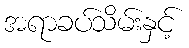
အရာခပ်သိမ်းနှင့်